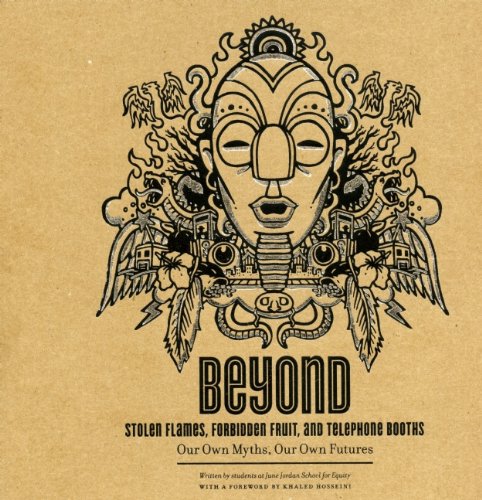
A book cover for Beyond Stolen Flames, Forbidden Fruit, and Telephone Booths: Our Own Myths, Our Own Futures; San Francisco Bay Area Students; Humor & Entertainment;